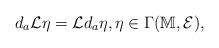
LaTeX: \begin{align*}d_a \mathcal{L} \eta =\mathcal{L} d_a \eta,\eta \in \Gamma ( \mathbb{M},\mathcal{E} ),\end{align*}